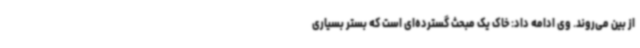
از بین می‌روند. وی ادامه داد: خاک یک مبحث گسترده‌ای است که بستر بسیاری